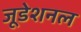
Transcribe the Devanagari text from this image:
जूडेशनल